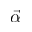
\vec { \alpha }